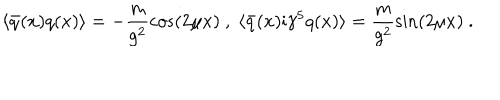
\langle \bar { q } ( x ) q ( x ) \rangle = - \frac { m } { g ^ { 2 } } \cos ( 2 \mu x ) \ , \; \langle \bar { q } ( x ) \mathrm { i } \gamma ^ { 5 } q ( x ) \rangle = \frac { m } { g ^ { 2 } } \sin ( 2 \mu x ) \ .